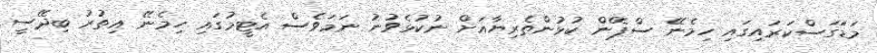
މަޑަގަސްކަރައިގައި ހިމެނޭ ސްޕޭން ކުޅުންތެރިޔާއަށް ނުކުޅެވުނު ނަމަވެސް އެޓީމުގައި ހިމެނޭ އިތުރު ބިދޭސީ